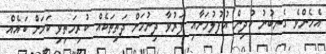
އެހެންވެ ގެނބުނު ކުދިން އުފުލުމަށާއި ފަރުވާ ދިނުމަށް ދަތިތަކެއް ކުރިމަތިވި ކަމަށް ބައެއް